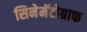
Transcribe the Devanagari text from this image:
सिनेमॅटोग्राफ